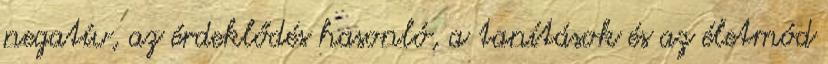
negatív, az érdeklődés hasonló, a tanítások és az életmód